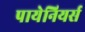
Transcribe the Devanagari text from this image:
पायेनियर्स